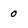
Character: 0